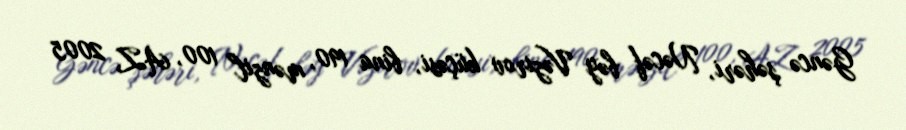
Gəncə şəhəri, Nəcəf bəy Vəzirov küçəsi, bina 190, mənzil 100, AZ 2005